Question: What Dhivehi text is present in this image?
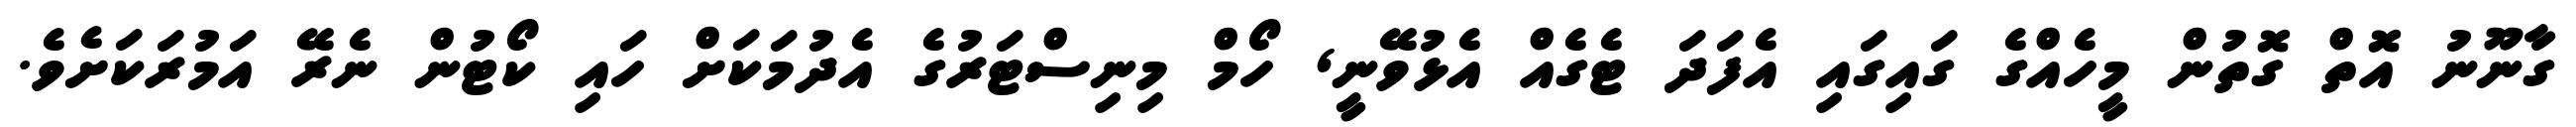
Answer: ގާނޫނު އޮތް ގޮތުން މީހެއްގެ ގައިގައި އެފަދަ ޓެގެއް އެޅުވޭނީ, ހޯމް މިނިސްޓަރުގެ އެދުމަކަށް ހައި ކޯޓުން ނެރޭ އަމުރަކަށެވެ.